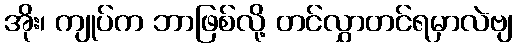
အိုး၊ ကျုပ်က ဘာဖြစ်လို့ တင်လွှာတင်ရမှာလဲဗျ